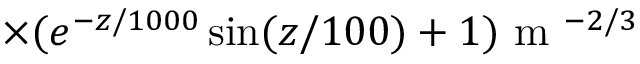
\times ( e ^ { - z / 1 0 0 0 } \sin ( z / 1 0 0 ) + 1 ) \mathrm { ~ m ~ } ^ { - 2 / 3 }